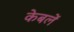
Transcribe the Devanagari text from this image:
केबलें